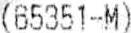
(65351-M)